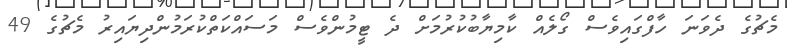
މެޗުގެ ދެވަނަ ހާފްގައިވެސް ގޯލެއް ކާމިޔާބުކުރުމަށް ދެ ޓީމުންވެސް މަސައްކަތްކުރަމުންދިޔައިރު މެޗުގެ 49